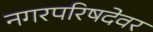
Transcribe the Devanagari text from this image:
नगरपरिषदेवर